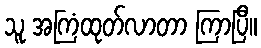
သူ အကြံထုတ်လာတာ ကြာပြီ။